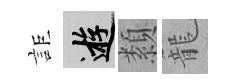
詎游纇籠